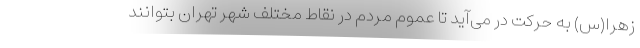
زهرا(س) به حرکت در می‌آید تا عموم مردم در نقاط مختلف شهر تهران بتوانند